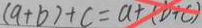
( a + b ) + c = a + ( b + c )